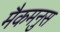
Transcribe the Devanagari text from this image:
मैकमनुस